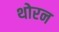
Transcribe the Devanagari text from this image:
थोरन